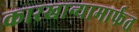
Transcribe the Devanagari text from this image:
कारखान्यामार्फत